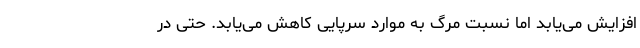
افزایش می‌یابد اما نسبت مرگ به موارد سرپایی کاهش می‌یابد. حتی در